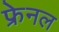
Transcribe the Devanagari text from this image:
फ्रेनल